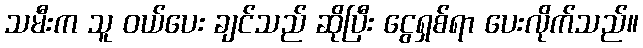
သမီးက သူ ဝယ်ပေး ချင်သည် ဆိုပြီး ငွေရှစ်ရာ ပေးလိုက်သည်။